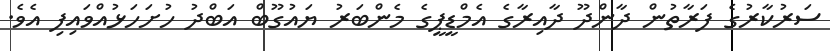
ސަރުކާރުގެ ފަރާތުން ދާންދޫ ދާއިރާގެ އެމްޑީޕީގެ މެންބަރު ޔައުގޫބް އަބްދު ހުށަހަޅުއްވައިފި އެވެ.